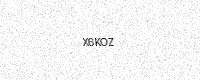
Text: X6KOZ